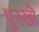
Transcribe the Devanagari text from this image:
पुरखॊं